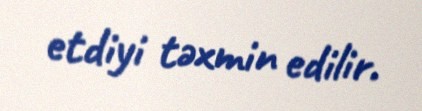
etdiyi təxmin edilir.